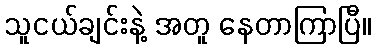
သူငယ်ချင်းနဲ့ အတူ နေတာကြာပြီ။